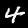
Label: 4